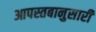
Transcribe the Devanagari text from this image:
आपस्तबानुसारी